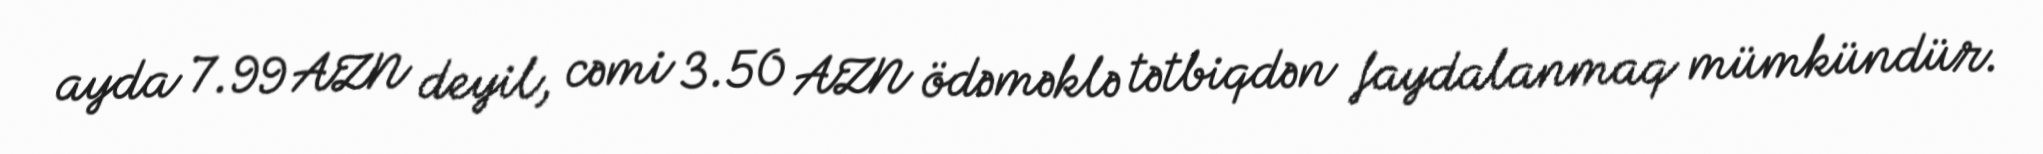
ayda 7.99 AZN deyil, cəmi 3.50 AZN ödəməklə tətbiqdən faydalanmaq mümkündür.